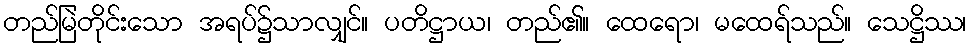
တည်မြဲတိုင်းသော အရပ်၌သာလျှင်။ ပတိဋ္ဌာယ၊ တည်၏။ ထေရော၊ မထေရ်သည်။ သေဋ္ဌိဿ၊